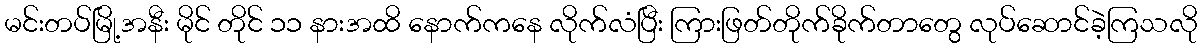
မင်းတပ်မြို့အနီး မိုင် တိုင် ၁၁ နားအထိ နောက်ကနေ လိုက်လံပြီး ကြားဖြတ်တိုက်ခိုက်တာတွေ လုပ်ဆောင်ခဲ့ကြသလို